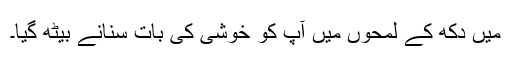
میں دکھ کے لمحوں میں آپ کو خوشی کی بات سنانے بیٹھ گیا۔